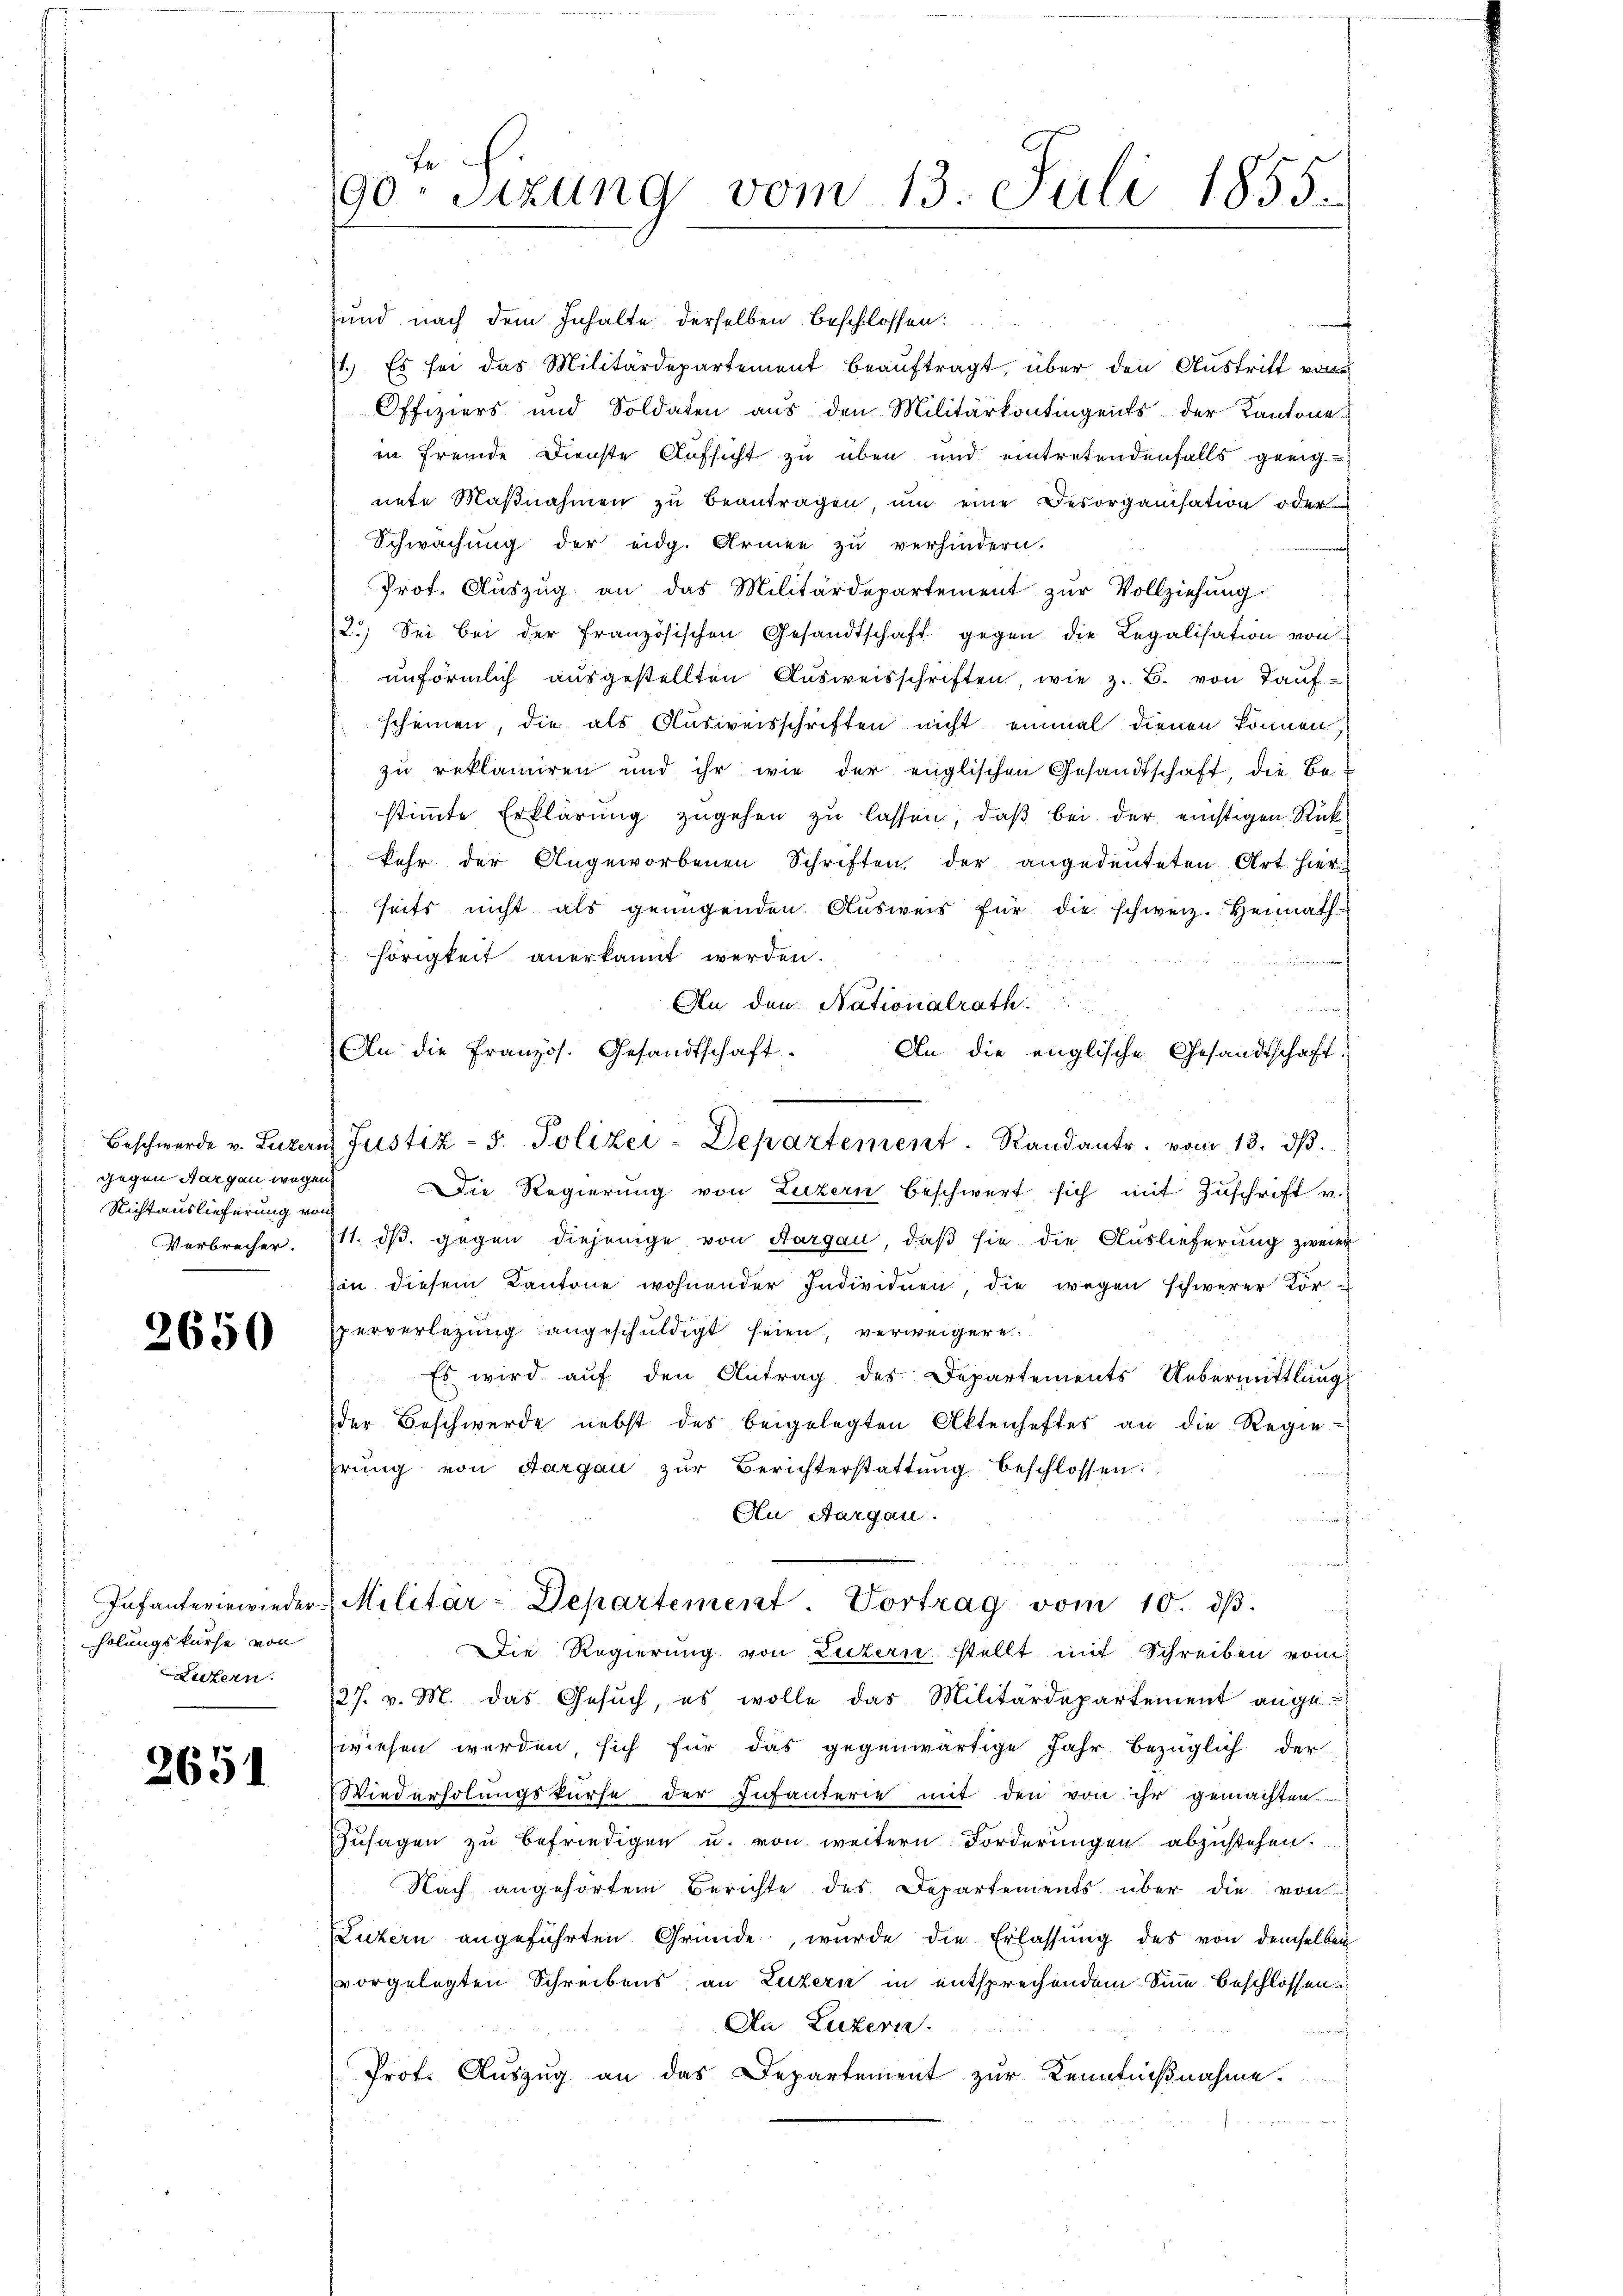
gegen Sargau wegen
Nichtauslieferung von
Verbrecher.

2650

holungskurse von
Lutern.

2651

und nach dem Inhalte derselben beschlossen:
1.) Es sei das Militärdepartement beauftragt, über den Austritt von
Offiziers und Soldaten aus den Militärkontingents der Kantone
in fremde Dienste Aufsicht zu über und eintretendenfalls geeignete Maßnahmen zu beantragen, um eine Desorganisation oder
Schwachung der eidg. Armen zu verhindern.
f
Prot. Auszug an das Militärdepartement zur Vollziehung.
2.) Sei bei der französischen Gesandtschaft gegen die Legalisation von
unförmlich aŭsgestellten Aŭsweisschriften, wie z. B. von Tauf-
scheinen, die als Ausweisschriften nicht einmal dienen können,
zu reklamiren und ihr wie der englischen Gesandtschaft, die Bestimmte Erklärung zugehen zu lassen, daß bei der euchtigen Rückkehr der Angeworbenen Schriften, der angedeuteten Art. Hierseits nicht als genügenden Ausweis für die schweiz. Heimathhörigkeit anerkannt werden.
t
An den Nationalrath
An die Französ. Gesandtschaft.
An die englische Gesandtschaft.
.
Beschwerde v. Luzern Justiz - 5. Polizei-Departement. Randantr. vom 13. dβ.
Die Regierung von Luzern beschwert sich mit Zŭschrift v.
11. ds. gegen diejenige von Aargau, daß sie die Auslieferung zweier
in diesem Kantone wohnender Individuen, die wegen schwerer Körperverlegung angeschuldigt seien, verweigere
Es wird aŭf den Antrag des Departements Uebermittlungs
der Beschwerde nebst des beigelegten Aktenhaftes an die Regie-
hrung von Aargau zŭr Berichterstattŭng beschlossen:
An Aargau.
Infanteriewieder Militär-Departement. Vortrag vom 10. dβ.
Die Regierung von Luzern stellt mit Schreiben vom
27. v. M. das Gesŭch, es wolle das Militärdepartement ange
wiesen werden, sich für das gegenwärtige Jahr bezüglich der
Wiederholungskurse der Infanterie mit den von ihr gemachten
Zusagen zu befriedigen u. von weitern Forderungen abzustehen.
Nach angehörtem Berichte des Departements über die von
Luzern angeführten Gründe, wurde die Erlassŭng des von demselben
vorgelegten Schreibens an Luzern in entsprechendem Sinne beschlossen.
An Luzern
Prof. Auszug an das Departement zur Kenntnißnahme.

T.
90. Sitzung vom 13. Juli 1855.